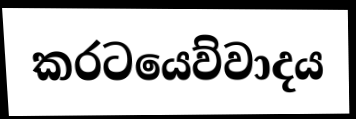
කරටයෙව්වාදය